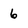
Character: 6